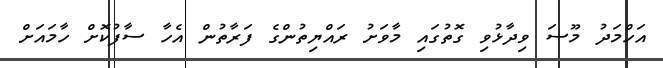
އަހްމަދު މޫސަ ވިދާޅުވި ގޮތުގައި މާވަށު ރައްޔިތުންގެ ފަރާތުން އެހާ ސާފުކޮށް ހާމައަށް